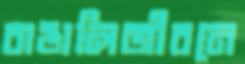
বাঙালিজীবনে